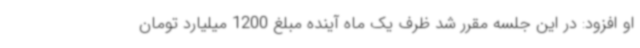
او افزود: در این جلسه مقرر شد ظرف یک ماه آینده مبلغ 1200 میلیارد تومان